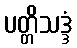
ပတ္တိသဒ္ဒံ